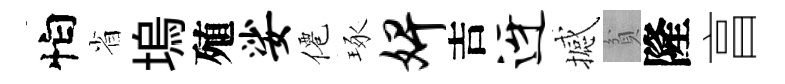
怕省塢殖娑僊琢婢吉迓撼貧隆亯